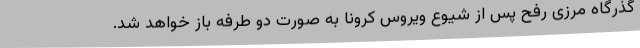
گذرگاه مرزی رفح پس از شیوع ویروس کرونا به صورت دو طرفه باز خواهد شد.